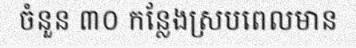
ចំនួន ៣០ កន្លែងស្របពេលមាន